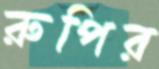
রুপির